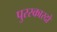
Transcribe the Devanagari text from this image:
पुरस्कारदो